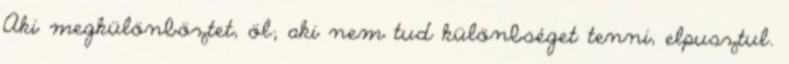
Aki megkülönböztet, öl; aki nem tud különbséget tenni, elpusztul.